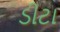
ડીટા